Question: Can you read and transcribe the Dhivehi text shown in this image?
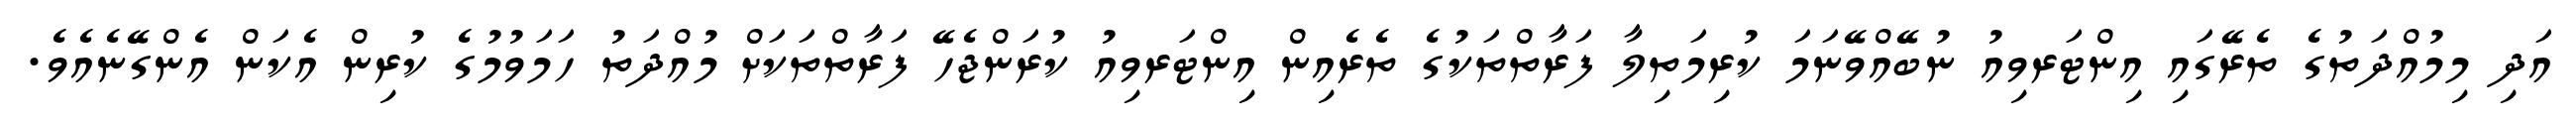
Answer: އަދި މިމުއްދަތުގެ ތެރޭގައި އިންޓަރވިއު ނުބޭއްވޭނަމަ ކުރިމަތިލާ ފަރާތްތަކުގެ ތެރެއިން އިންޓަރވިއު ކުރަންޖެހޭ ފަރާތްތަކަށް މުއްދަތު ހަމަވުމުގެ ކުރިން އެކަން އެންގޭނެއެވެ.